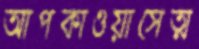
আপকাওয়াসেত্ম